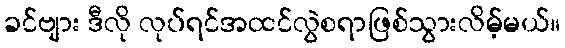
ခင်ဗျား ဒီလို လုပ်ရင်အထင်လွဲစရာဖြစ်သွားလိမ့်မယ်။